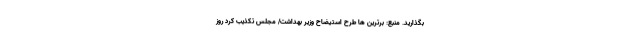
بگذارید. منبع: برترین ها طرح استیضاح وزیر بهداشت/ مجلس تکذیب کرد روز